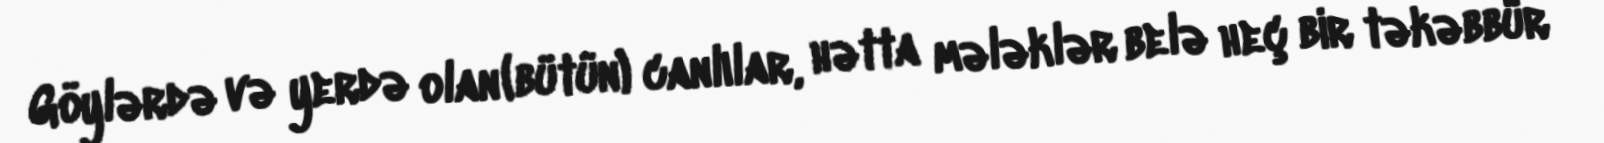
Göylərdə və yerdə olan (bütün) canlılar, hətta mələklər belə heç bir təkəbbür